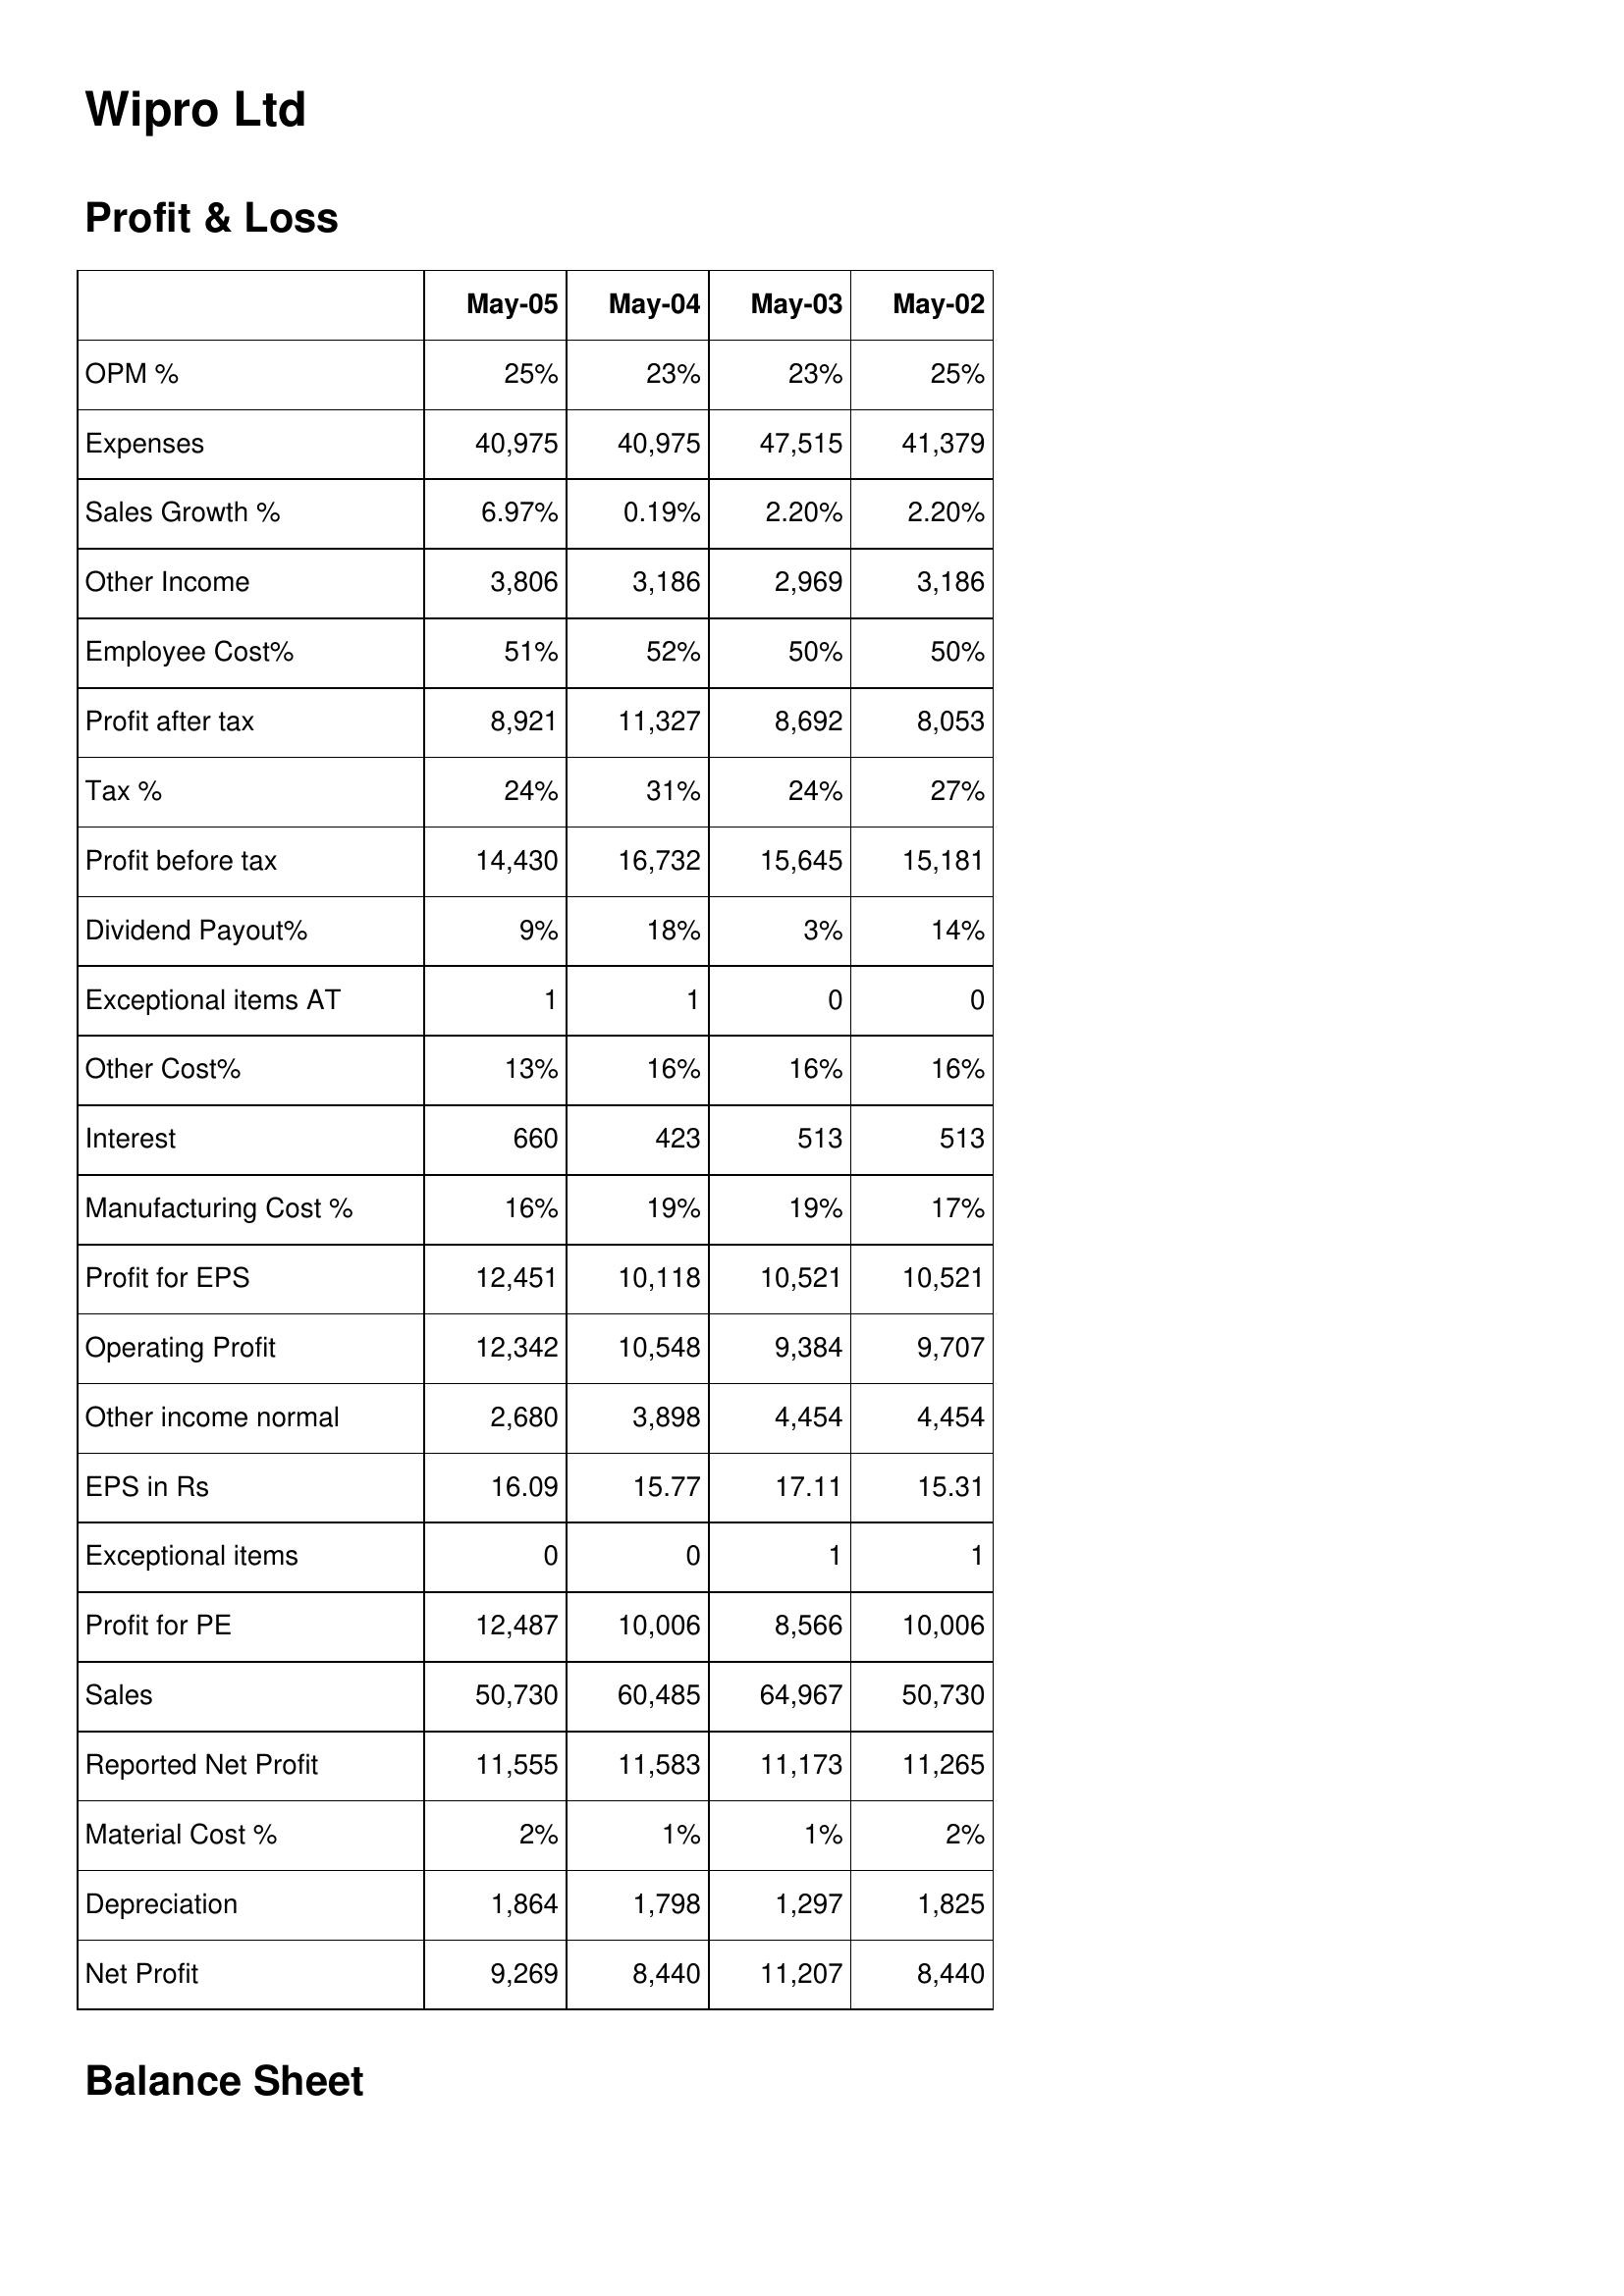
May-05: Profit & Loss: OPM %: 25%
Expenses: 40,975
Sales Growth %: 6.97%
Other Income: 3,806
Employee Cost%: 51%
Profit after tax: 8,921
Tax %: 24%
Profit before tax: 14,430
Dividend Payout%: 9%
Exceptional items AT: 1
Other Cost%: 13%
Interest: 660
Manufacturing Cost %: 16%
Profit for EPS: 12,451
Operating Profit: 12,342
Other income normal: 2,680
EPS in Rs: 16.09
Exceptional items: 0
Profit for PE: 12,487
Sales: 50,730
Reported Net Profit: 11,555
Material Cost %: 2%
Depreciation: 1,864
Net Profit: 9,269
May-04: Profit & Loss: OPM %: 23%
Expenses: 40,975
Sales Growth %: 0.19%
Other Income: 3,186
Employee Cost%: 52%
Profit after tax: 11,327
Tax %: 31%
Profit before tax: 16,732
Dividend Payout%: 18%
Exceptional items AT: 1
Other Cost%: 16%
Interest: 423
Manufacturing Cost %: 19%
Profit for EPS: 10,118
Operating Profit: 10,548
Other income normal: 3,898
EPS in Rs: 15.77
Exceptional items: 0
Profit for PE: 10,006
Sales: 60,485
Reported Net Profit: 11,583
Material Cost %: 1%
Depreciation: 1,798
Net Profit: 8,440
May-03: Profit & Loss: OPM %: 23%
Expenses: 47,515
Sales Growth %: 2.20%
Other Income: 2,969
Employee Cost%: 50%
Profit after tax: 8,692
Tax %: 24%
Profit before tax: 15,645
Dividend Payout%: 3%
Exceptional items AT: 0
Other Cost%: 16%
Interest: 513
Manufacturing Cost %: 19%
Profit for EPS: 10,521
Operating Profit: 9,384
Other income normal: 4,454
EPS in Rs: 17.11
Exceptional items: 1
Profit for PE: 8,566
Sales: 64,967
Reported Net Profit: 11,173
Material Cost %: 1%
Depreciation: 1,297
Net Profit: 11,207
May-02: Profit & Loss: OPM %: 25%
Expenses: 41,379
Sales Growth %: 2.20%
Other Income: 3,186
Employee Cost%: 50%
Profit after tax: 8,053
Tax %: 27%
Profit before tax: 15,181
Dividend Payout%: 14%
Exceptional items AT: 0
Other Cost%: 16%
Interest: 513
Manufacturing Cost %: 17%
Profit for EPS: 10,521
Operating Profit: 9,707
Other income normal: 4,454
EPS in Rs: 15.31
Exceptional items: 1
Profit for PE: 10,006
Sales: 50,730
Reported Net Profit: 11,265
Material Cost %: 2%
Depreciation: 1,825
Net Profit: 8,440